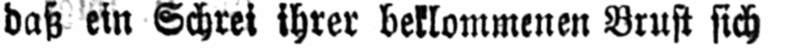
daß ein Schrei ihrer beklommenen Brust sich